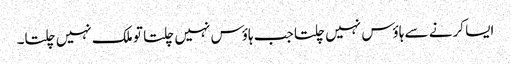
ایسا کرنے سے ہاؤس نہیں چلتا جب ہاؤس نہیں چلتا تو ملک نہیں چلتا۔